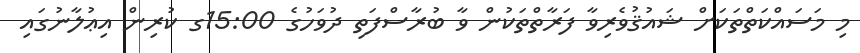
މި މަސައްކަތްތަކަށް ޝައުޤުވެރިވާ ފަރާތްތަކުން ވާ ބުރާސްފަތި ދުވަހުގެ 15:00ގ ކުރިން އިޢުލާނުގައި